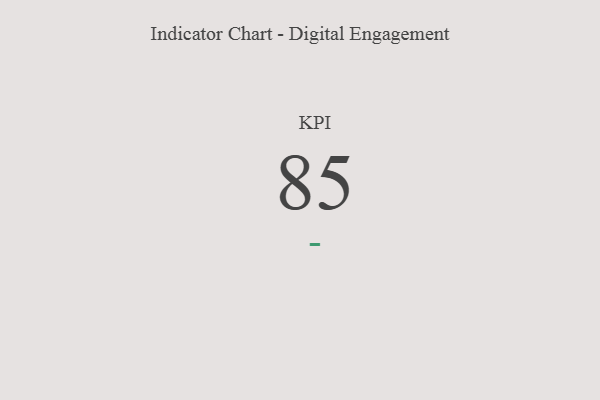
{"axis": {"x": "KPI", "y": "Value"}, "legend": [""], "data": [{"x": "KPI", "y": 85, "type": ""}]}